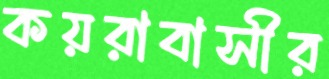
কয়রাবাসীর